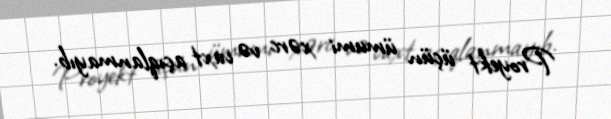
Proyekt üçün ümumi xərc və vaxt açıqlanmayıb.